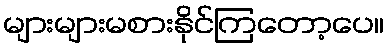
များများမစားနိုင်ကြတော့ပေ။